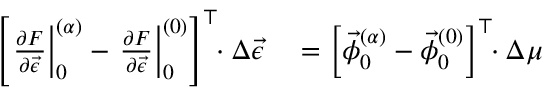
\begin{array} { r l } { \left[ \left. \frac { \partial F } { \partial \vec { \epsilon } } \right| _ { 0 } ^ { ( \alpha ) } - \left. \frac { \partial F } { \partial \vec { \epsilon } } \right| _ { 0 } ^ { ( 0 ) } \right] ^ { \top } \! \! \cdot \Delta \vec { \epsilon } } & { { } = \left[ \vec { \phi } _ { 0 } ^ { ( \alpha ) } - \vec { \phi } _ { 0 } ^ { ( 0 ) } \right] ^ { \top } \! \! \cdot \Delta \mu } \end{array}